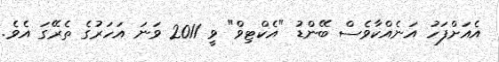
އެއަށްފަހު އަނެއްކާވެސް ބޭންޑު "އެކްޓިވް" ވީ 2011 ވަނަ އަހަރުގެ ތެރޭގަ އެވެ.